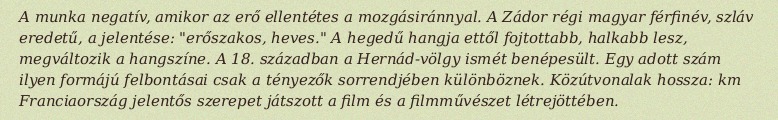
A munka negatív, amikor az erő ellentétes a mozgásiránnyal. A Zádor régi magyar férfinév, szláv eredetű, a jelentése: "erőszakos, heves." A hegedű hangja ettől fojtottabb, halkabb lesz, megváltozik a hangszíne. A 18. században a Hernád-völgy ismét benépesült. Egy adott szám ilyen formájú felbontásai csak a tényezők sorrendjében különböznek. Közútvonalak hossza:  km Franciaország jelentős szerepet játszott a film és a filmművészet létrejöttében.